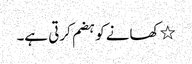
٭ کھانے کو ہضم کرتی ہے۔